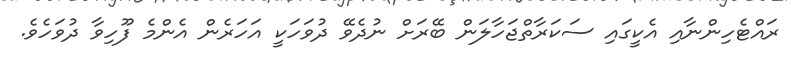
ރައްޓެހިންނާއި އެކީގައި ސަކަރާތްޖަހާލަން ބޭރަށް ނުދެވޭ ދުވަހަކީ އަހަރެން އެންމެ ފޫހިވާ ދުވަހެވެ.